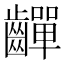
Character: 𪙣